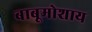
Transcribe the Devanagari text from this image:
बाबूमोशाय